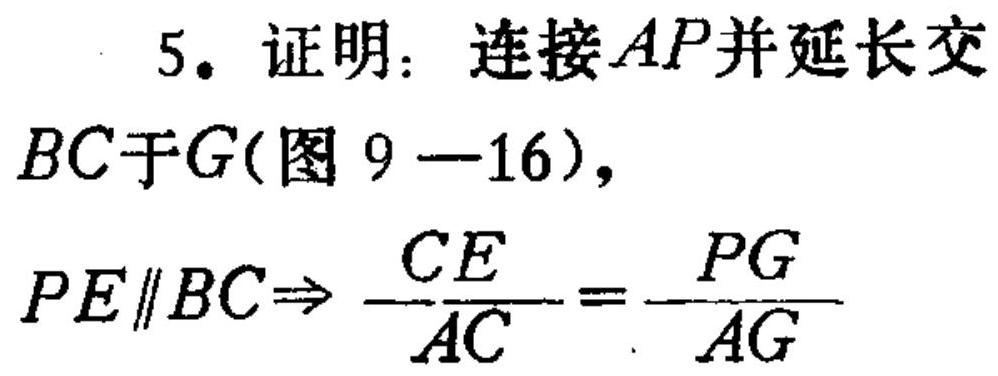
5. 证明：连接\(AP\)并延长交\(BC\)于\(G\)(图9 - 16)，
\(PE\parallel BC\Rightarrow \frac{CE}{AC}=\frac{PG}{AG}\)